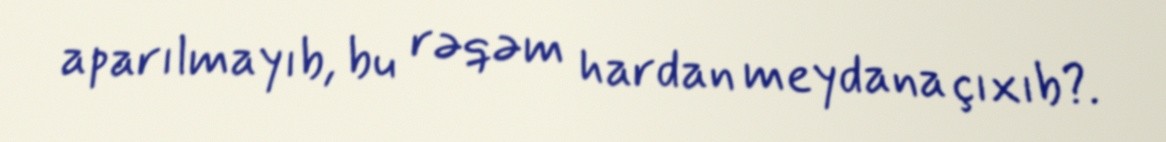
aparılmayıb, bu rəqəm hardan meydana çıxıb?.